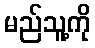
မည်သူ့ကို